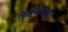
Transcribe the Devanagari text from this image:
लिमितादा